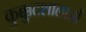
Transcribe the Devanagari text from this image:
कुक्कुटशालाओं